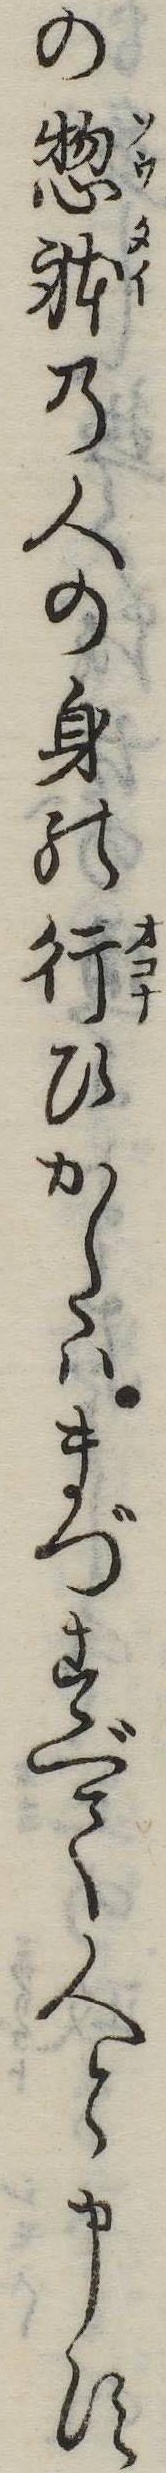
の惣体の人の身の行ひかたはまづすべて人と申す